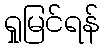
ရှုမြင်ရန်